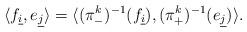
LaTeX: \begin{align*}\langle f_{\underline{i}},e_{\underline{j}}\rangle=\langle(\pi_{-}^{k})^{-1}(f_{\underline{i}}),(\pi_{+}^{k})^{-1}(e_{\underline{j}})\rangle.\end{align*}